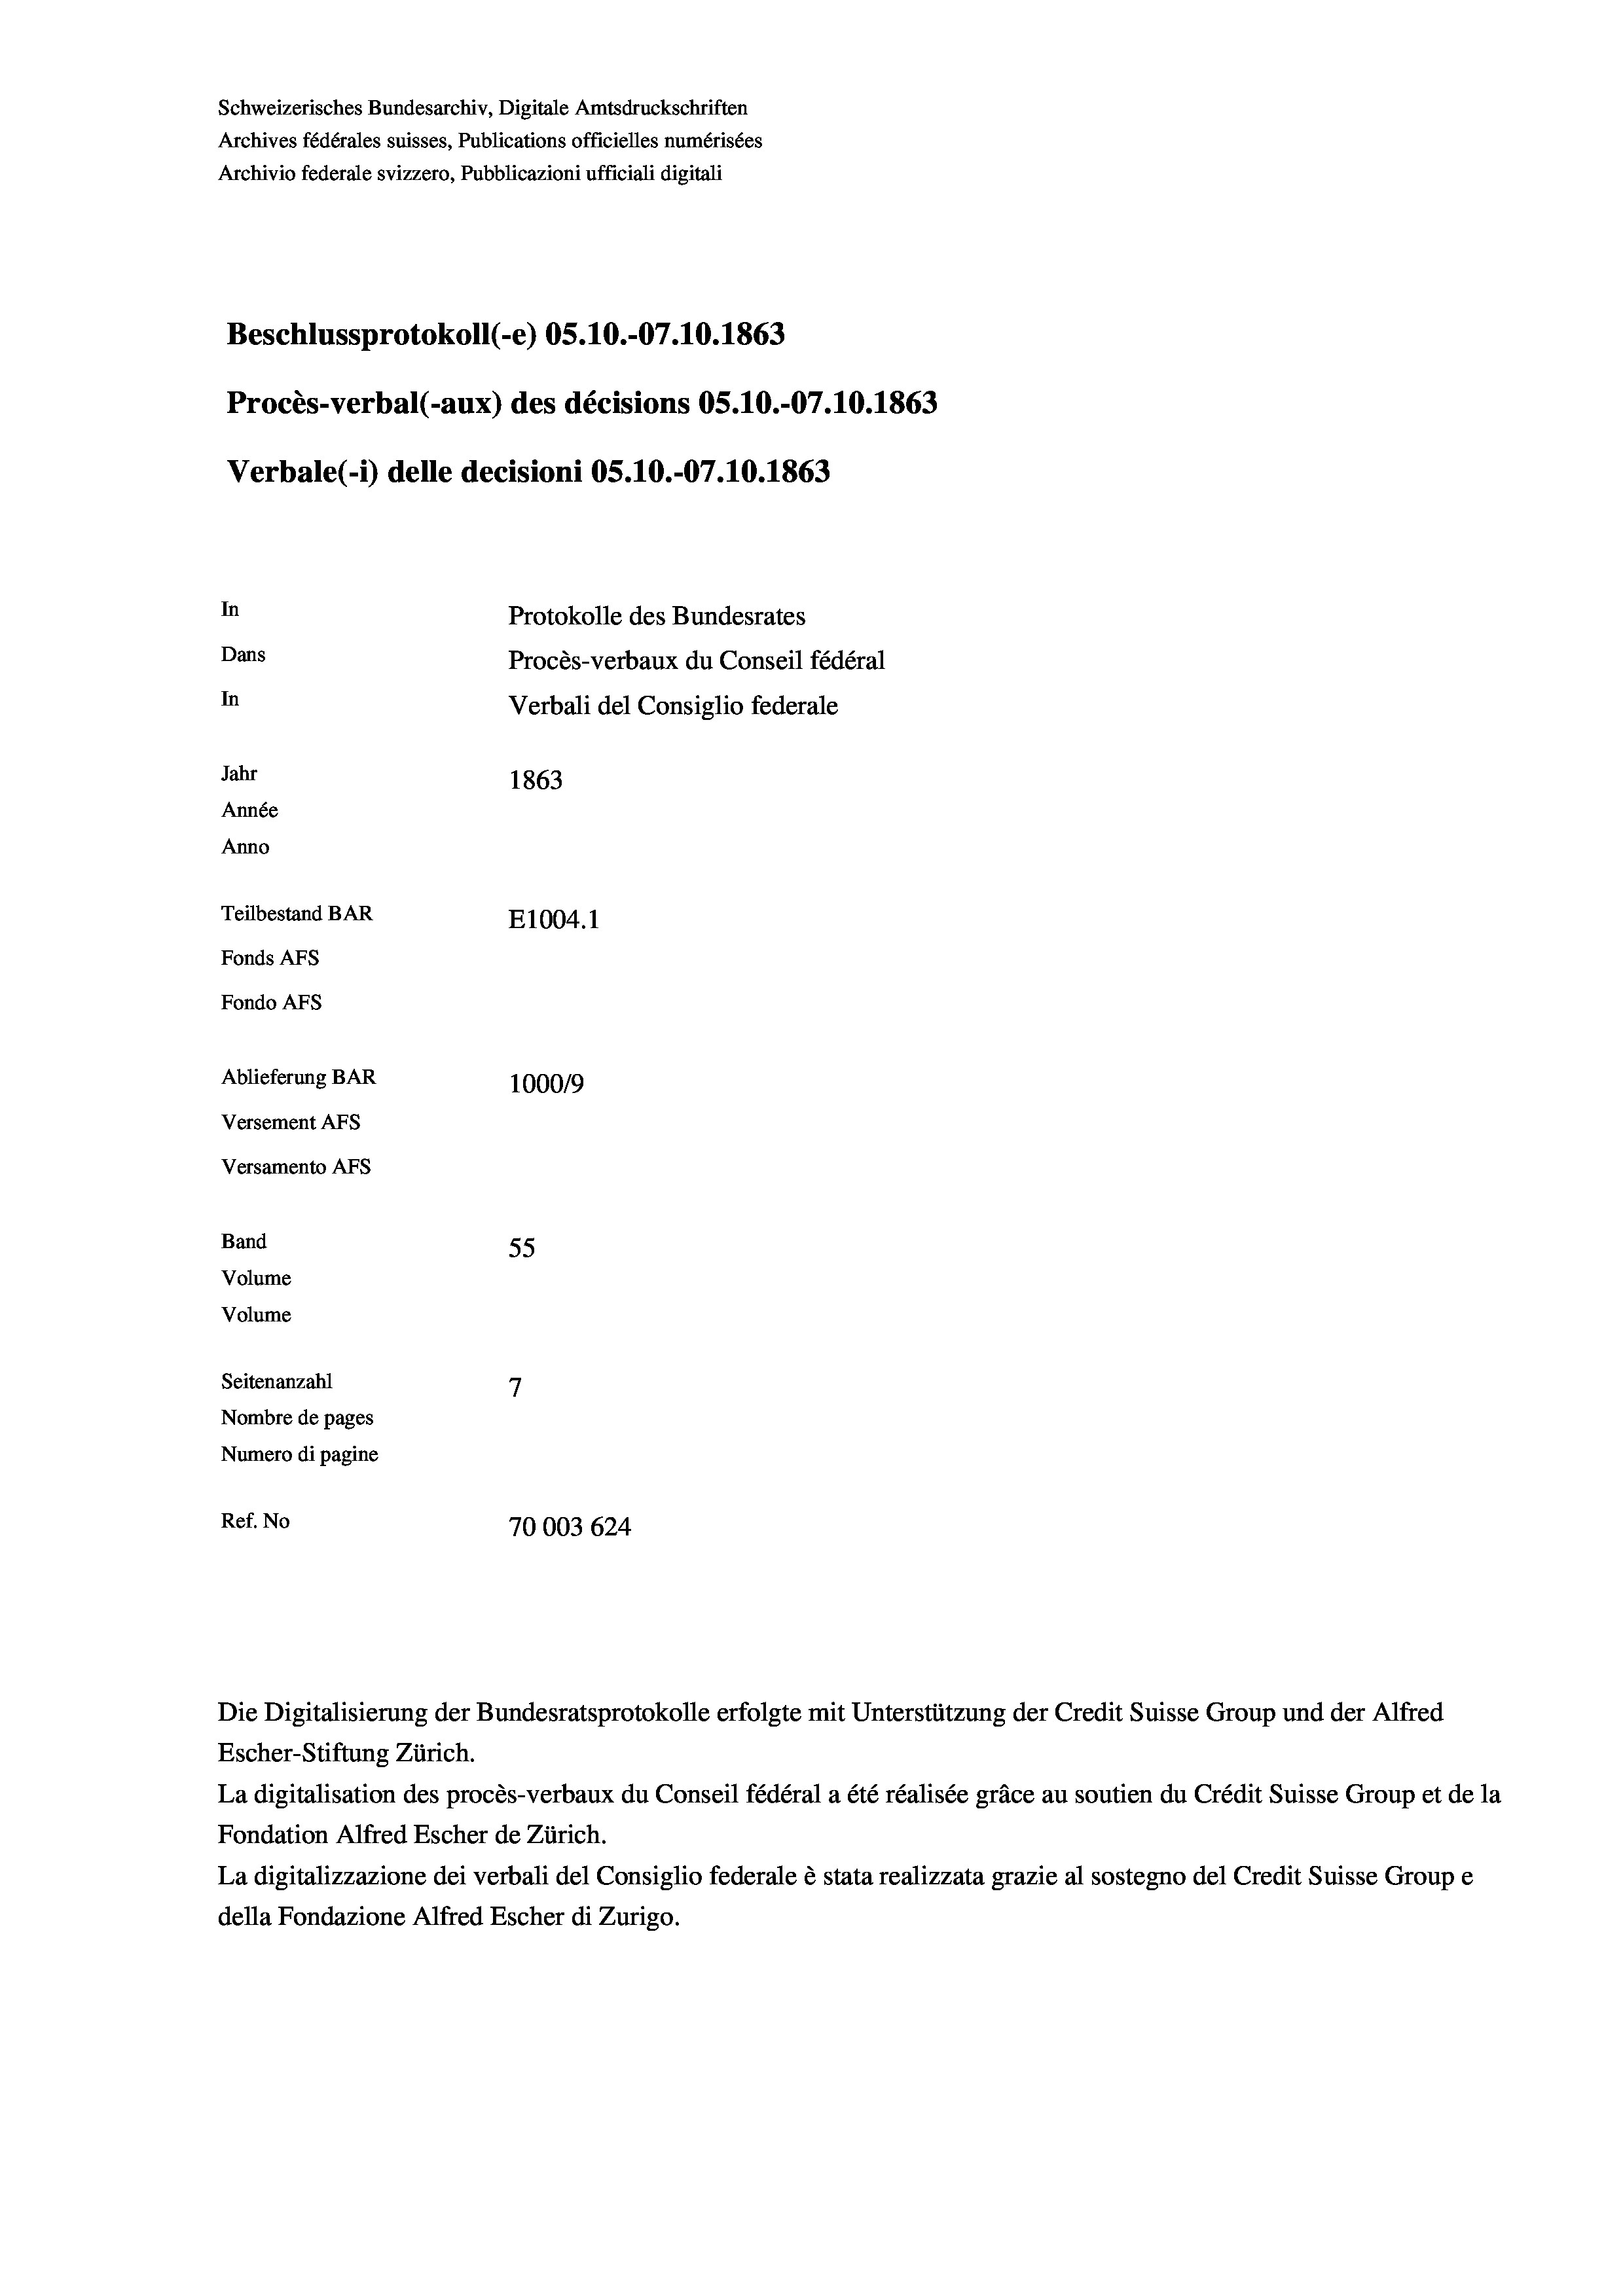
Schweizerisches Bundesarchiv, Digitale Amtsdruckschriften
Archives fédérales suisses, Publications officielles numérisées
Archivio federale svizzero, Pubblicazioni ufficiali digitali
Beschlussprotokoll (-e) OS.10.-07.10.1863
Procès-verbal (-aux) des décisions OS.10.-07.10.1863
Verbale(*) delle decisioni OS.10.-07.10. 1863
In
Protokolle des Bundesrates
Dans
Procès-verbaux du Conseil fédéral
In
Verbali del Consiglio federale
Jahr
1863
Année
Anno
Teilbestand BAR
E1004. 1
Fonds AFs
Fondo AFS
Ablieferung BAR
100019
Versement AFs

Versamento Afs
Band
Volume
Volume
Seitenanzahl

55
7
Nombre de pages
Numero di pagine
Ref. No
70003624

Escher-Stiftung Zürich.
La digitalisation des procès-verbaux du Conseil fédéral a été réalisée gräce au soutien du Crédit Suisse Group et de la
Fondation Alfred Escher de Zürich.
La digitalizzazione dei verbali del Consiglio federale è stata realizzata grazie al sostegno del Credit Suisse Groupe
della Fondazione Alfred Escher di Zurigo.

Die Digitalisierung der Bundesratsprotokolle erfolgte mit Unterstützung der Credit Suisse Group und der Alfred